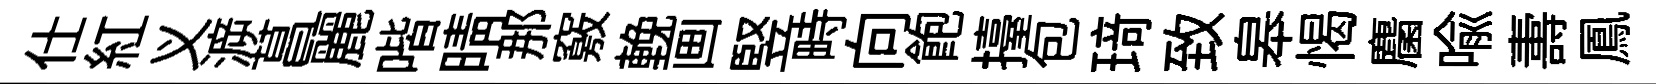
仕紅义㴑菖麗喈晴那竅輓画竪畤向飽擡包𤦺致皋愒麕喻夀鳳